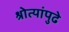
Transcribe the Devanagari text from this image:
श्रोत्यांपुढे